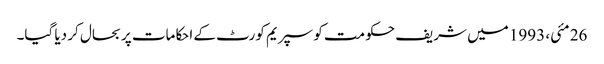
26 مئی، 1993 میں شریف حکومت کو سپریم کورٹ کے احکامات پر بحال کر دیا گیا۔